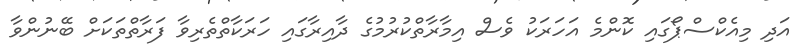
އަދި މިއެކްސްޕޯގައި ކޮންމެ އަހަރަކު ވެސް އިމާރާތްކުރުމުގެ ދާއިރާގައި ހަރަކާތްތެރިވާ ފަރާތްތަކަށް ބޭނުންވާ